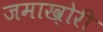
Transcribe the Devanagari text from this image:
जमाख़ोरी